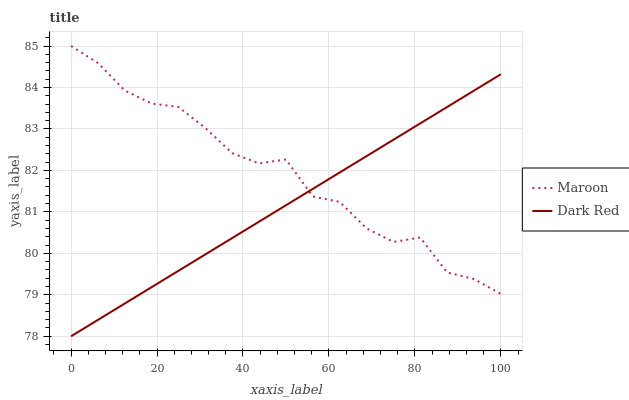
| xaxis_label | Maroon | Dark Red |
 | --- | --- | --- |
 | 0 | 85 | 78 |
 | 6.25 | 84.6 | 78.4 |
 | 12.5 | 83.9 | 78.8 |
 | 18.8 | 83.6 | 79.2 |
 | 25 | 83.5 | 79.6 |
 | 31.2 | 83 | 80 |
 | 37.5 | 82.4 | 80.4 |
 | 43.8 | 82.2 | 80.8 |
 | 50 | 82.3 | 81.2 |
 | 56.2 | 81.4 | 81.6 |
 | 62.5 | 81.2 | 81.9 |
 | 68.8 | 80.6 | 82.3 |
 | 75 | 80.3 | 82.7 |
 | 81.2 | 80.4 | 83.1 |
 | 87.5 | 79.5 | 83.5 |
 | 93.8 | 79.4 | 83.9 |
 | 100 | 79 | 84.3 |